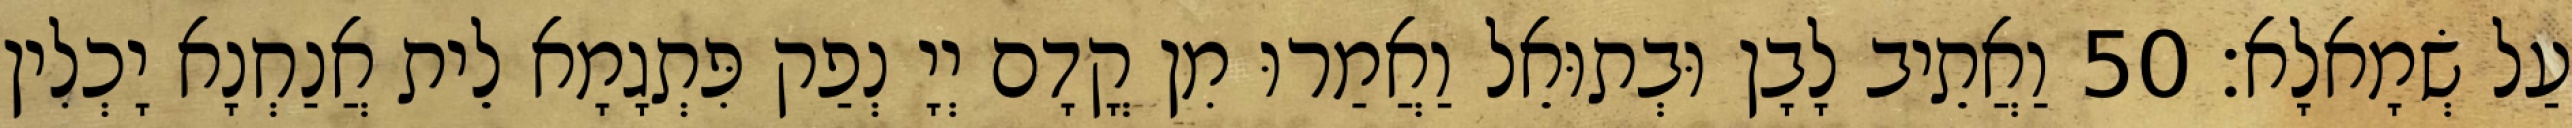
עַל שְׂמָאלָא׃ 50 וַאֲתֵיב לָבָן וּבְתוּאֵל וַאֲמַרוּ מִן קֳדָם יְיָ נְפַק פִּתְגָמָא לֵית אֲנַחְנָא יָכְלִין